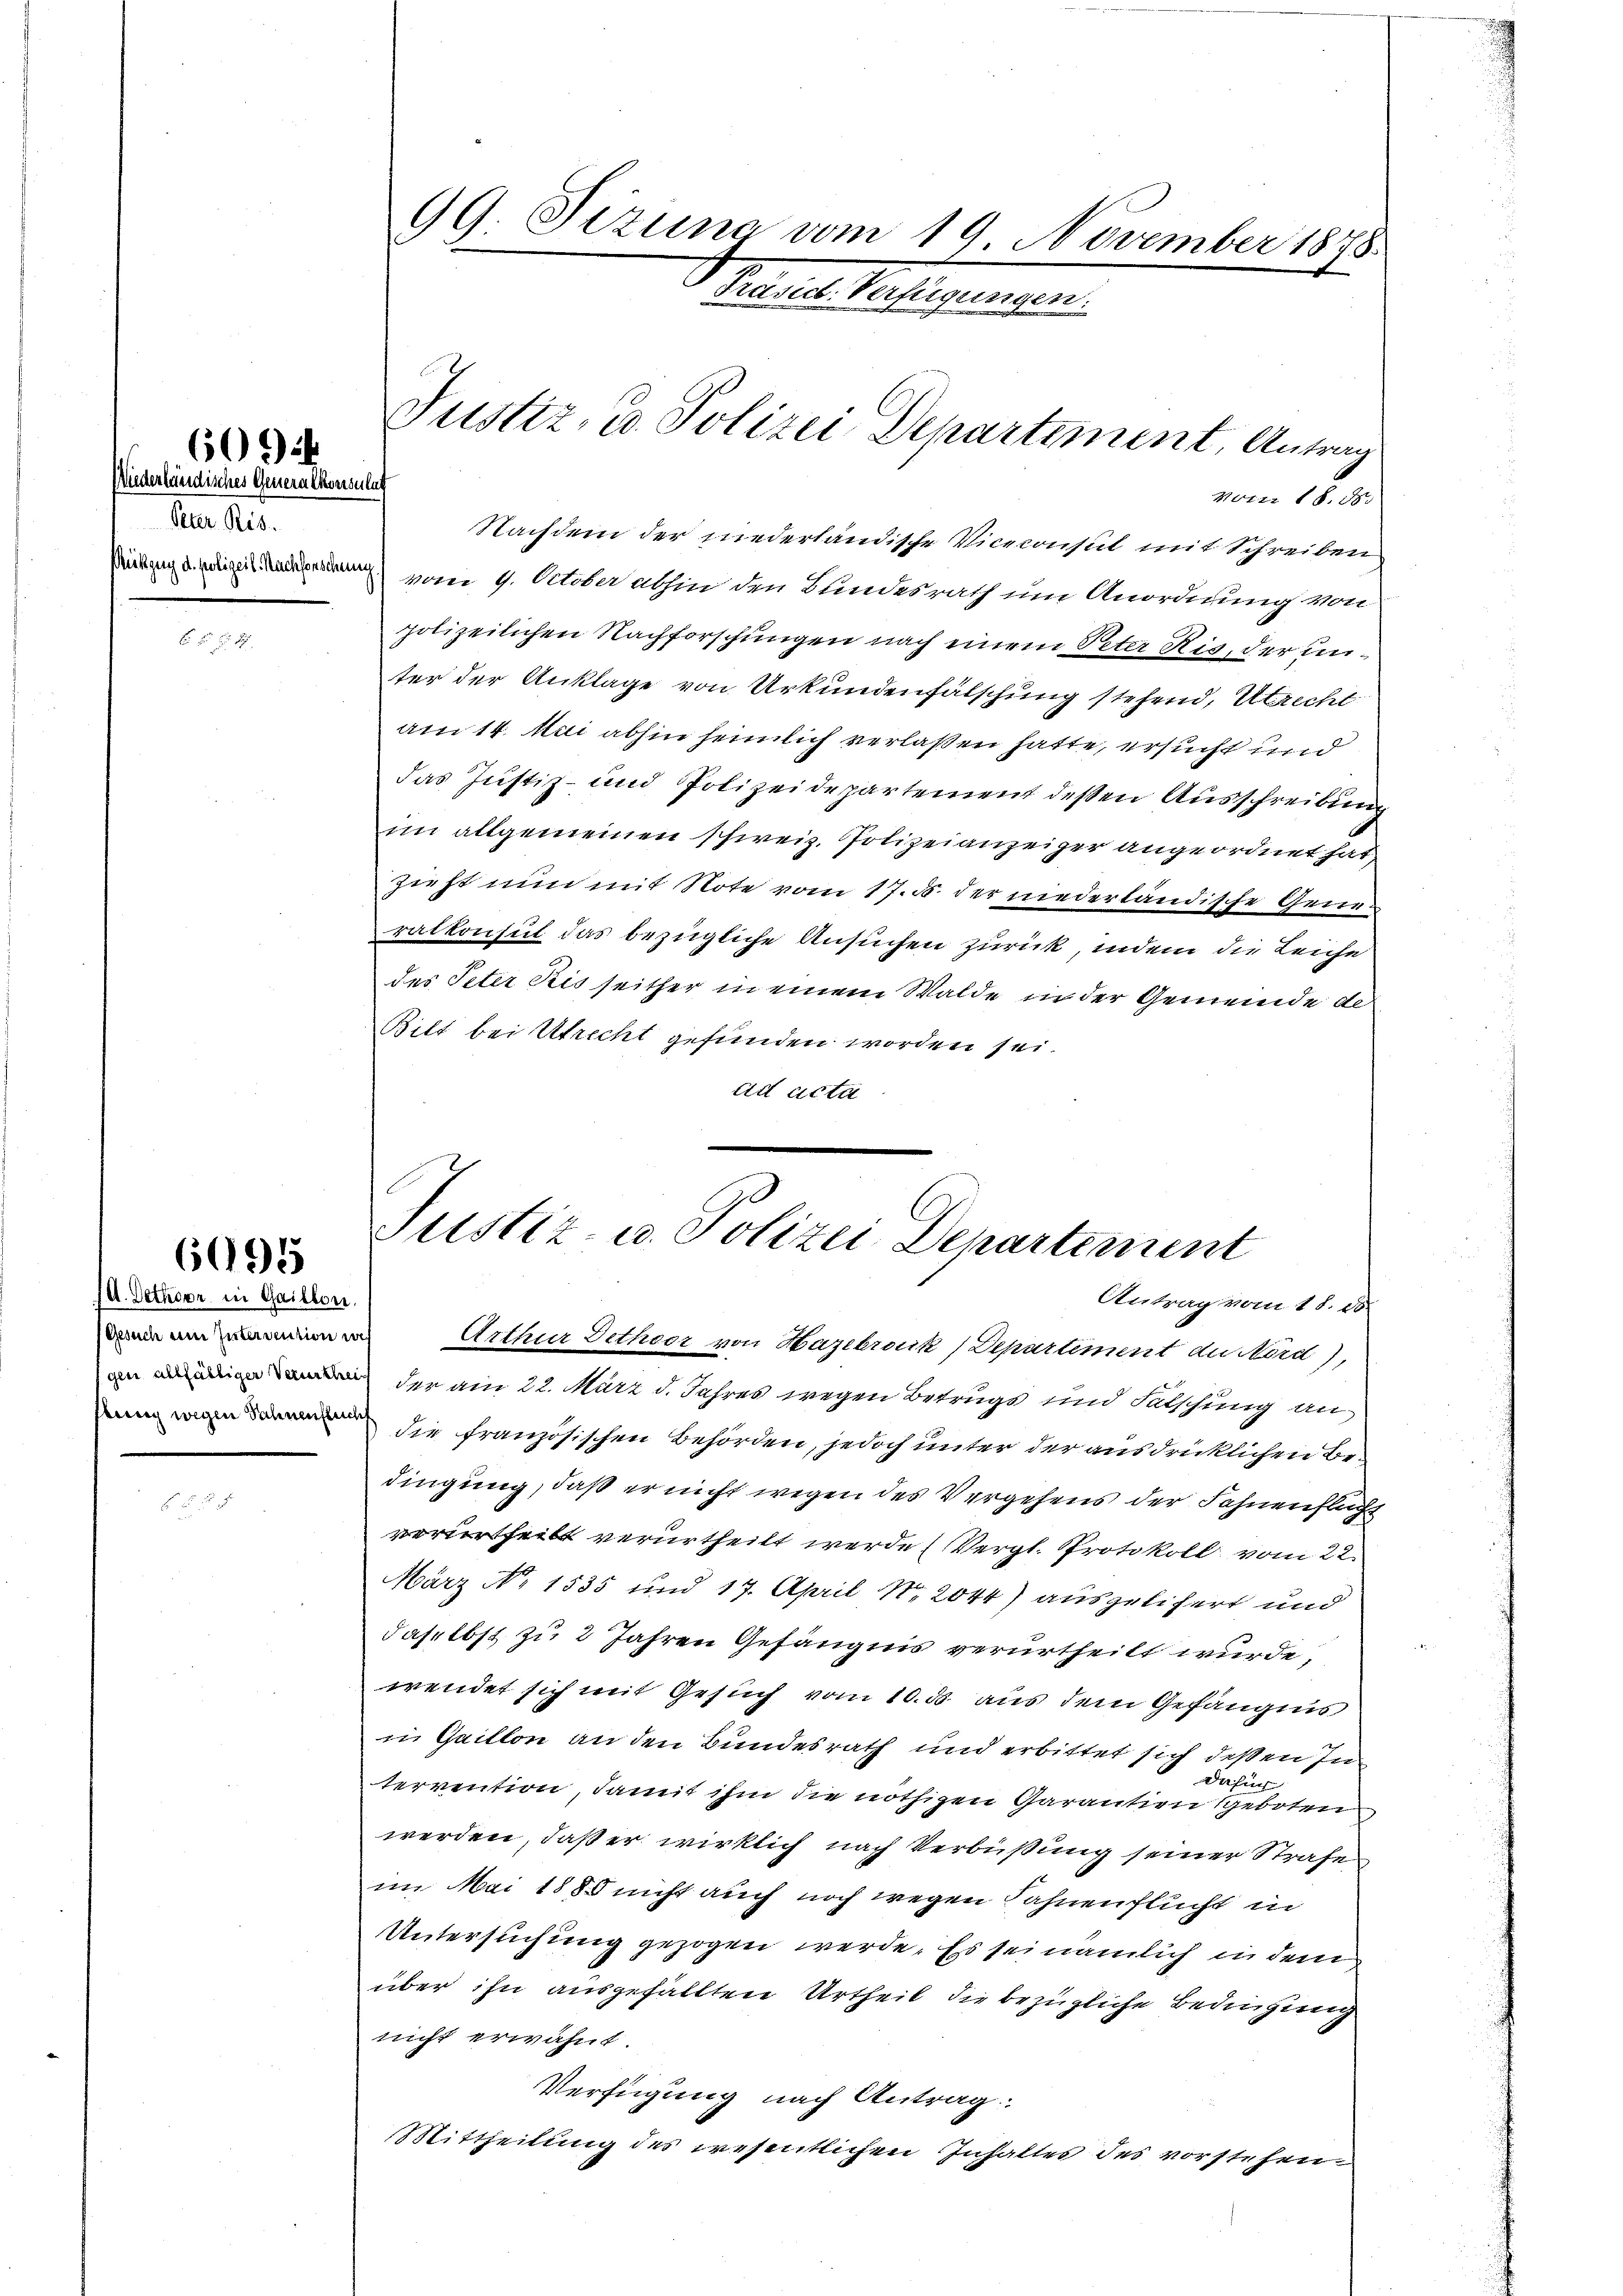
Wiederländisches Generalkonsulat
Peter Ris
Rükzug d. polizeil. Nachforschung

609.

A. Bethoor in Gaillon.
Gesuch eine Intervention we

6995

99 Tizina vom 19. November 1878
Rerial Kasingungen.

Arthur Dethoor von Hazebrock, Departiment der Nord),
 der am 22. März d. Jahres wegen Betrugs und Fälschung andie französischen Behörden, jedoch unter der ausdrücklichen Be-
dingung, daß er nicht wegen des Vergehens der Fahnenflicht
verurtheilt verurtheilt werde (Vergl. Protokoll vom 22.
März No 1535 und 17. April No 2044) ausgelifert und
daselbst zu 2 Jahren Gefängnis verurtheilt wurde,
wendet sich mit Gesuch vom 10. d. aus dem Gefängnis
in Gaillon an den Bundesrath und erbittet sich deßen In¬
Dafür
tervention, damit ihm die nöthigen Garantien geboten
werden, daß er wirklich nach Verbüßung seiner Strafe
im Mai 1885 nicht auch noch wegen Fahnen flucht in
Untersuchung gezogen werde. Es sei nämlich in dem
über ihn ausgefällten Urtheil die bezügliche Bedingung
nicht erwähnt.
Verfügung nach Antrag:
Mittheilung des wesentlichen Inhaltes des vorstehen.

Justiz- u. Polizei Departement, Antrag

vom 18. 8.
Nachdem der niederländische Viceconsul mit Schreiben
vom 9. October abhin den Bundesrath um Anordnung von
polizeilichen Nachforschungen nach einem Peter Ris, der unter der Anklage von Urkundenfälschung stehend, Utrecht
am 14. Mai abhin heimlich verlaßen hatte, ersucht und
das Justiz- und Polizeidepartement deßen Ausschreibung
im allgemeinen schweiz. Polizeianzeiger angeordnet hat,
zieht nun mit Note vom 17. d. der niederländische Gruen
ralkonsul das bezügliche Ansuchen zurück, indem die Leiche
des Peter Ris seither in einem Walde in der Gemeinde de
Bilt bei Utrecht gefunden worden sei.
ad acta

Justiz- u. Polizei Departement
Antrag vom 18. 10